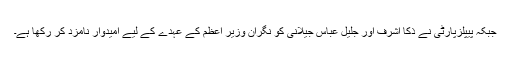
جبکہ پیپلزپارٹی نے ذکا اشرف اور جلیل عباس جیلانی کو نگران وزیر اعظم کے عہدے کے لیے اُمیدوار نامزد کر رکھا ہے۔